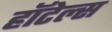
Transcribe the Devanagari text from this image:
हाॅटेल्स